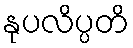
နုပလိပ္ပတိ